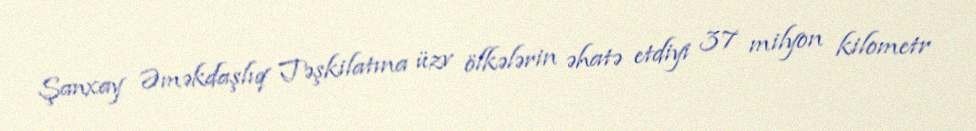
Şanxay Əməkdaşlıq Təşkilatına üzv ölkələrin əhatə etdiyi 37 milyon kilometr